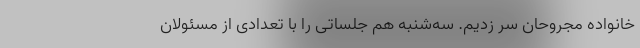
خانواده مجروحان سر زدیم. سه‌شنبه هم جلساتی را با تعدادی از مسئولان